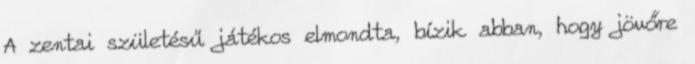
A zentai születésű játékos elmondta, bízik abban, hogy jövőre